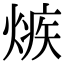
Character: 𤌿